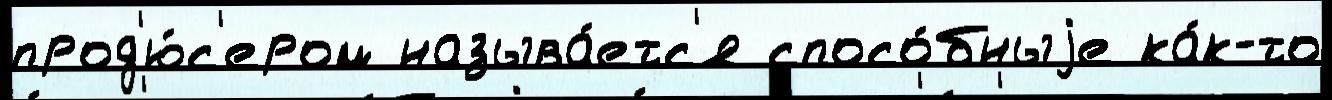
прод'ю́с'ером называ́етс'я спосо́бныjе ка́к-то